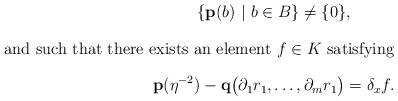
LaTeX: \begin{gather*} \{\mathbf{p}(b) \ | \ b\in B\} \neq \{ 0\}, \intertext{and such that there exists an element $f\in K$ satisfying} \mathbf{p}(\eta^{-2})-\mathbf{q}\bigl(\partial_1r_1,\dots,\partial_mr_1\bigr)=\delta_xf.\end{gather*}